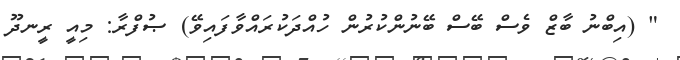
" (އިބްނު ބާޒް ވެސް ބޭސް ބޭނުންކުރުން ހުއްދަކުރައްވާފައިވޭ) ޞުފްރާ: މިއީ ރީނދޫ